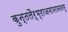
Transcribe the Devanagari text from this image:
कुन्तलैर्भ्राजमानाननम्